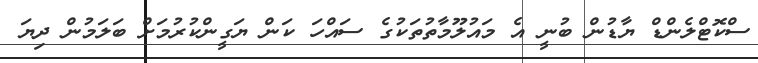
ސްކޮޓްލެންޑް ޔާޑުން ބުނީ އެ މައުލޫމާތުތަކުގެ ސައްހަ ކަން ޔަގީންކުރުމަށް ބަލަމުން ދިޔަ